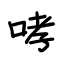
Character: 哮